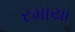
રમાયા